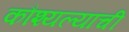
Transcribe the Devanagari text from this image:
कौश्यल्यांची